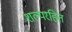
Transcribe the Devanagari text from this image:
शल्यरहित